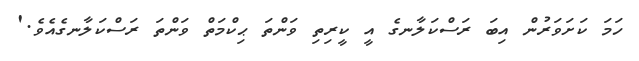
ހަމަ ކަށަވަރުން އިބަ ރަސްކަލާނގެ އީ ކީރިތި ވަންތަ ޙިކްމަތް ވަންތަ ރަސްކަލާނގެއެވެ.'